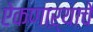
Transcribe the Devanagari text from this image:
ऐकणाऱ्याचे